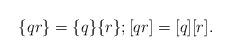
LaTeX: \begin{align*}\{q r \} = \{q\} \{r\}; [q r] = [q] [r].\end{align*}